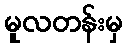
မူလတန်းမှ